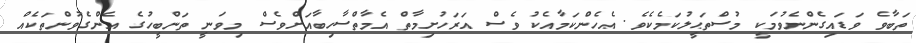
ތަބާވެ ވަޑައިގެންނެވުމަކީ މުސްތަޙީލުކަމެކެވެ. އެހެންކަމާއެކު ވެސް އަރަހުށިމާތް އެމާތްސާހިބާއަށްވެސް މިވަނީ ތަންބީހުގެ އެންގެވުންތަކެއް